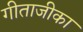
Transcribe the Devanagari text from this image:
गीताजीका